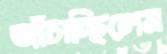
আঁচাচ্ছিলেম